NAE_kihelkonnakohtute_kirjad_ja_protokollid_1869-1889, lk 3
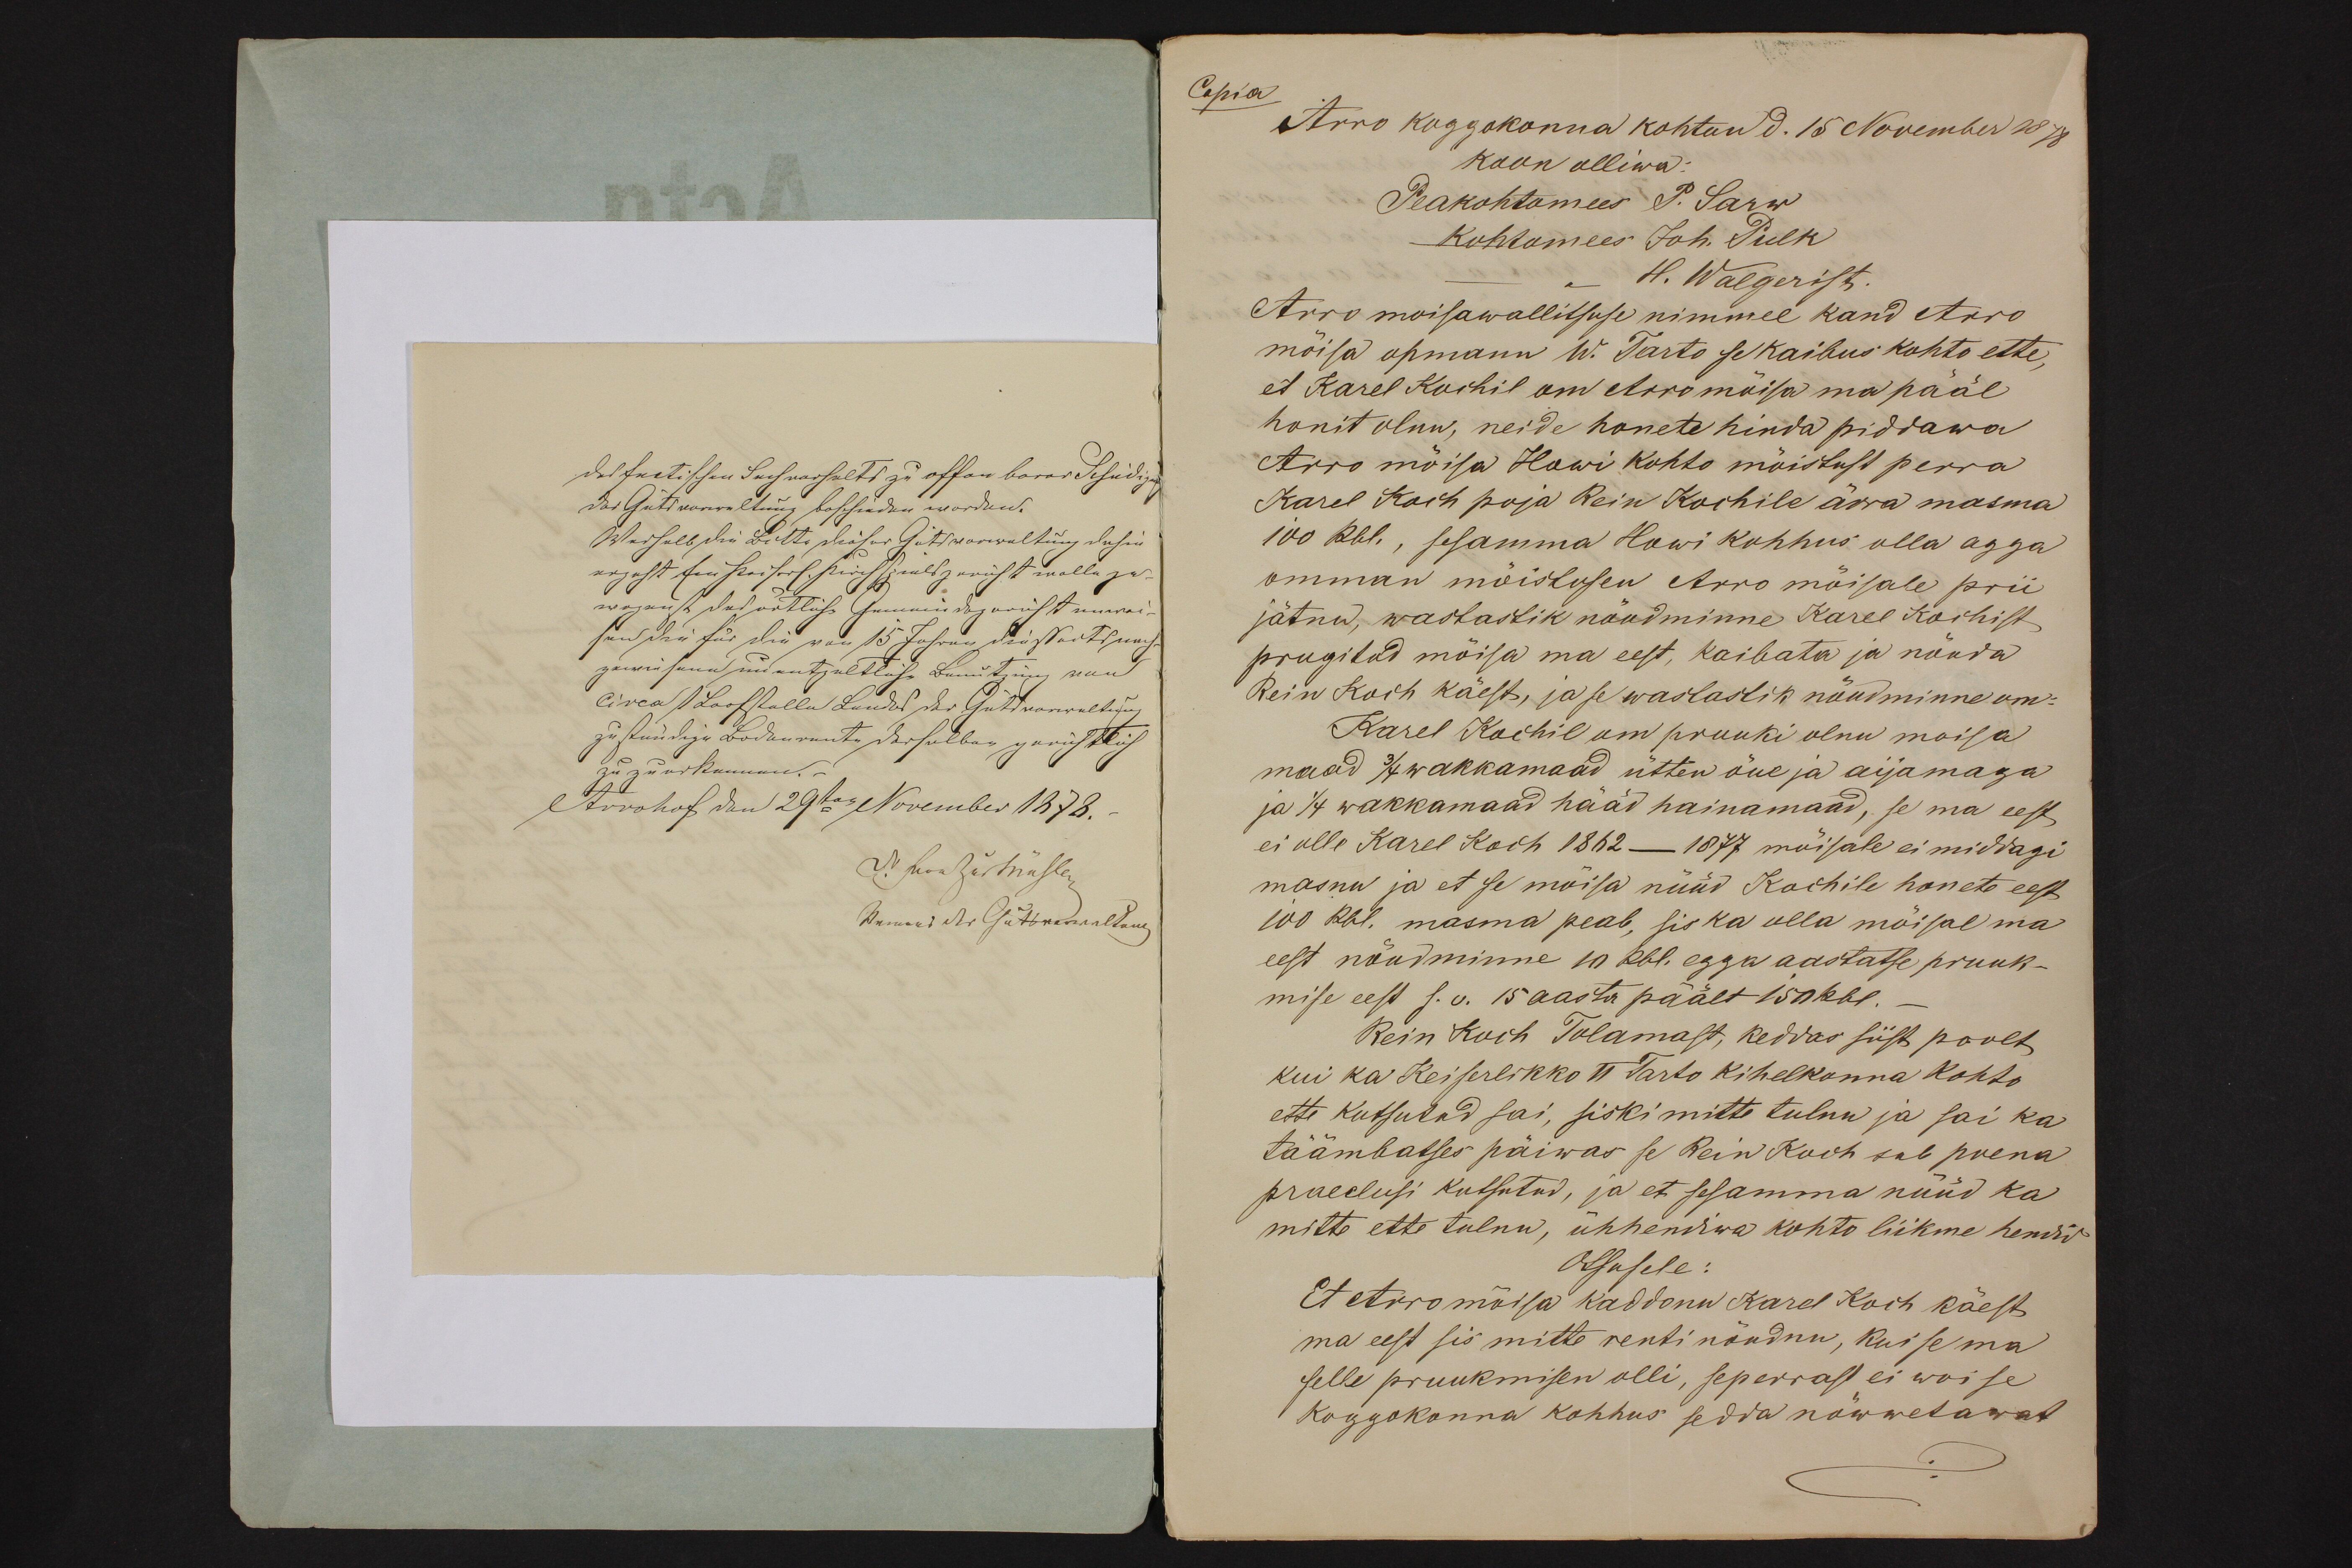
Copia
Arro koggokonna kohtun d. 15 November 1878
koon olliwa:
Peakohtomees P. Sarw
Kohtomees Joh. Pulk
H. Walgerist.
Arro moisawallitsuse nimmel kand Arro
mõisa opmann W. Tarto se kaibus kohto ette,
et Karel Kochil on Arromõisa ma pääl
honit olnu, neide honete hinda piddawa
Arro mõisa Howi Kohto mõistust perra
Karel Kochi poja Rein Kochile ärra masma
100 Rbl., sesamma Howi kohhus olla agga
omman mõistusen Arro mõisale prii
jätnu, wastastik nõudminne Karel Kochist
prugitud mõisa ma eest, kaibata ja nõuda
Rein Koch käest, ja se wastastik nõudminne om-
Karel Kochil on pruuki olnu moisa
maad 3/4 wakkamaad ütten õue ja aijamaga
ja 1/4 wakkamaad hääd heinamaad, se ma eest
ei olle Karel Koch 1862 - 1877 mõisale ei middagi
masnu ja et se mõisa nüüd Kochile honete eest
100 Rbl. masma peab, sis ka olla mõisal ma
eest nõudminne 10 Rbl. egga aastatse pruuk-
mise eest s. o. 15 aasta päält 150 Rbl.
Rein Koch Tolamast, keddas siist poolt
kui ka Keiserlikko II Tarto kihelkonna kohto
ette kutsutud sai, siiski mitte tulnu ja sai ka
täämbatses päiwas se Rein Koch sub puena
pracelusi kutsutud, ja et sesamma nüüd ka
mitte ette tulnu, ühhendwa kohto liikme hendid
Otsusele:
Et Arromõisa kaddonu Karel Koch käest
ma eest sis mitte renti nõudnu, kui se ma
selle pruukmisen olli, seperrast ei woi se
koggokonna kohhus sedda nõwwetawat